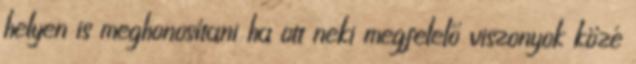
helyen is meghonosítani ha ott neki megfelelő viszonyok közé